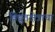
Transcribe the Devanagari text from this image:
विद्युतक्षेत्राचा